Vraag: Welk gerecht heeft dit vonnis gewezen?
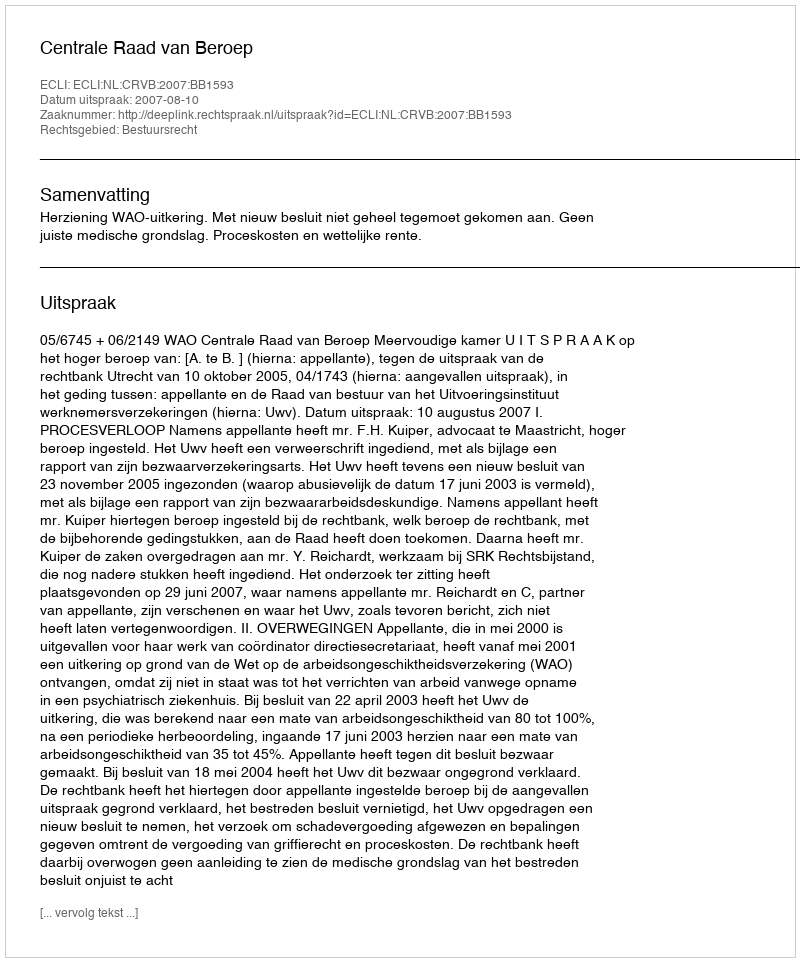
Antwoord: Centrale Raad van Beroep